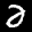
Label: 2